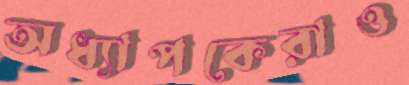
অধ্যাপকেরাও